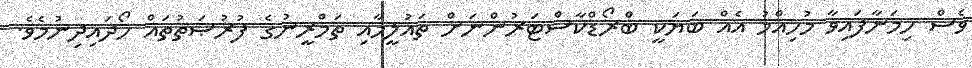
ވެސް ހިމަނާފައިވާ މުހިއްމު އެއް ބަޔަކީ ބްރޯޑްކާސްޓަރުންނަށް ތައުލީމާއި ތަމްރީނުގެ ފުރުޞަތުތައް ހޯދައިދިނުމެވެ.